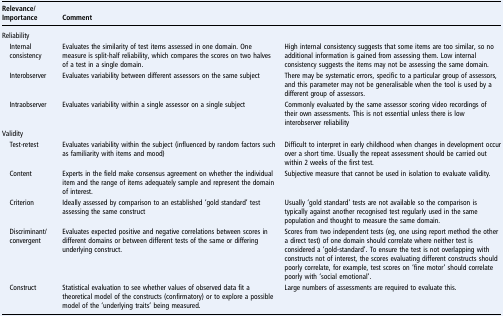
<table><thead><tr><td><b>Relevance/Importance</b></td><td><b>Comment</b></td><td></td></tr></thead><tbody><tr><td colspan="3">Reliability</td></tr><tr><td> Internal consistency</td><td>Evaluates the similarity of test items assessed in one domain. One measure is split-half reliability, which compares the scores on two halves of a test in a single domain.</td><td>High internal consistency suggests that some items are too similar, so no additional information is gained from assessing them. Low internal consistency suggests the items may not be assessing the same domain.</td></tr><tr><td> Interobserver</td><td>Evaluates variability between different assessors on the same subject</td><td>There may be systematic errors, specific to a particular group of assessors, and this parameter may not be generalisable when the tool is used by a different group of assessors.</td></tr><tr><td> Intraobserver</td><td>Evaluates variability within a single assessor on a single subject</td><td>Commonly evaluated by the same assessor scoring video recordings of their own assessments. This is not essential unless there is low interobserver reliability</td></tr><tr><td colspan="3">Validity</td></tr><tr><td> Test-retest</td><td>Evaluates variability within the subject (influenced by random factors such as familiarity with items and mood)</td><td>Difficult to interpret in early childhood when changes in development occur over a short time. Usually the repeat assessment should be carried out within 2 weeks of the first test.</td></tr><tr><td> Content</td><td>Experts in the field make consensus agreement on whether the individual item and the range of items adequately sample and represent the domain of interest.</td><td>Subjective measure that cannot be used in isolation to evaluate validity.</td></tr><tr><td> Criterion</td><td>Ideally assessed by comparison to an established ‘gold standard’ test assessing the same construct</td><td>Usually ‘gold standard’ tests are not available so the comparison is typically against another recognised test regularly used in the same population and thought to measure the same domain.</td></tr><tr><td> Discriminant/convergent</td><td>Evaluates expected positive and negative correlations between scores in different domains or between different tests of the same or differing underlying construct.</td><td>Scores from two independent tests (eg, one using report method the other a direct test) of one domain should correlate where neither test is considered a ‘gold-standard’. To ensure the test is not overlapping with constructs not of interest, the scores evaluating different constructs should poorly correlate, for example, test scores on ‘fine motor’ should correlate poorly with ‘social emotional’.</td></tr><tr><td> Construct</td><td>Statistical evaluation to see whether values of observed data fit a theoretical model of the constructs (confirmatory) or to explore a possible model of the ‘underlying traits’ being measured.</td><td>Large numbers of assessments are required to evaluate this.</td></tr></tbody></table>